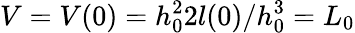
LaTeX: V=V(0)=h_{0}^{2}2l(0)/h_{0}^{3}=L_{0}